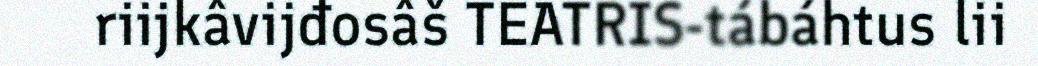
riijkâvijđosâš TEATRIS-tábáhtus lii